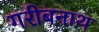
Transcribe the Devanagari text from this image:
गरीबनाथ